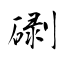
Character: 䃗